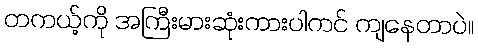
တကယ့်ကို အကြီးမားဆုံးကားပါကင် ကျနေတာပဲ။